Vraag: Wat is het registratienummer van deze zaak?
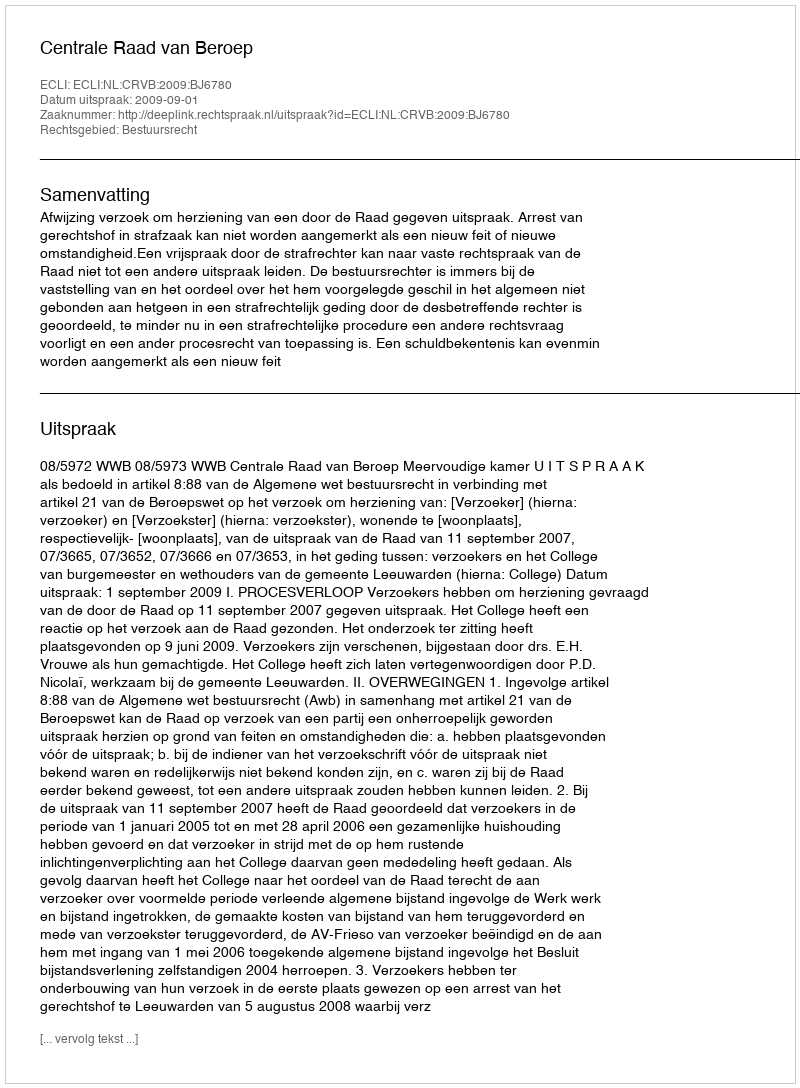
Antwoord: http://deeplink.rechtspraak.nl/uitspraak?id=ECLI:NL:CRVB:2009:BJ6780